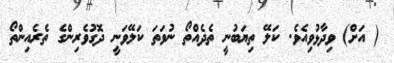
( އަށް) ވިދާޅުވިއެވެ. ކަލޭ ތިޔަބުނީ ތެދެއްތޯ ނުވަތަ ކަލޭވަނީ ދޮގުވެރިންގެ ތެރެއިންތޯ